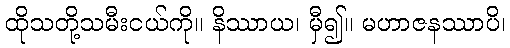
ထိုသတို့သမီးငယ်ကို။ နိဿာယ၊ မှီ၍။ မဟာဇနဿာပိ၊